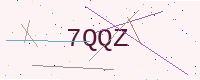
Text: 7QQZ